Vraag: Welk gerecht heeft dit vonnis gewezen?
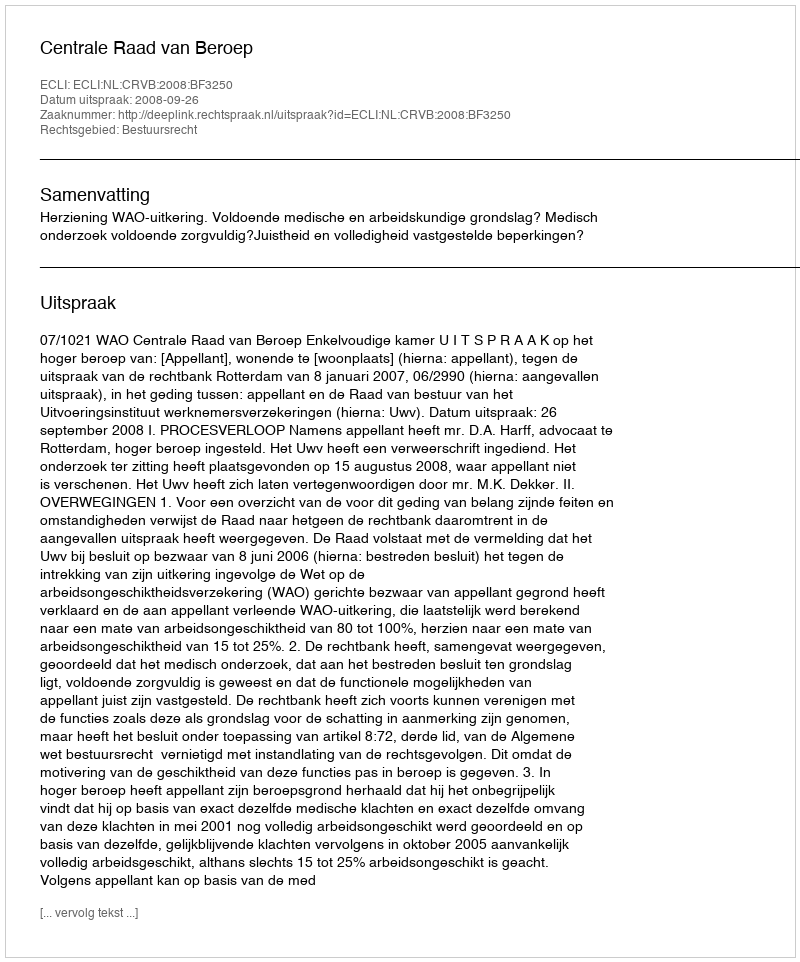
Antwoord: Centrale Raad van Beroep